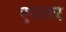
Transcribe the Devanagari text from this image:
एपलर